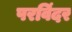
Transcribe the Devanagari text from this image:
परविंदर